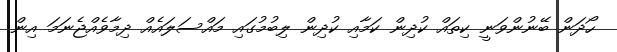
ހޯދަން ބޭނުންވަނީ ކިތައް ކުދިން ކަމާއި ކުދިން ލިބުމުގައި މައްސަލައެއް ދިމާވެއްޖެނަމަ އިން